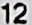
12